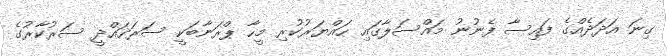
ގިނަ އަދަދެއްގެ ފައިސާ ފެނުނު މައްސަލާގައި ހައްޔަރުކުރި މީހާ ޕްރަނާބަކީ ސަރަހައްދީ ސަރުކާރުގެ